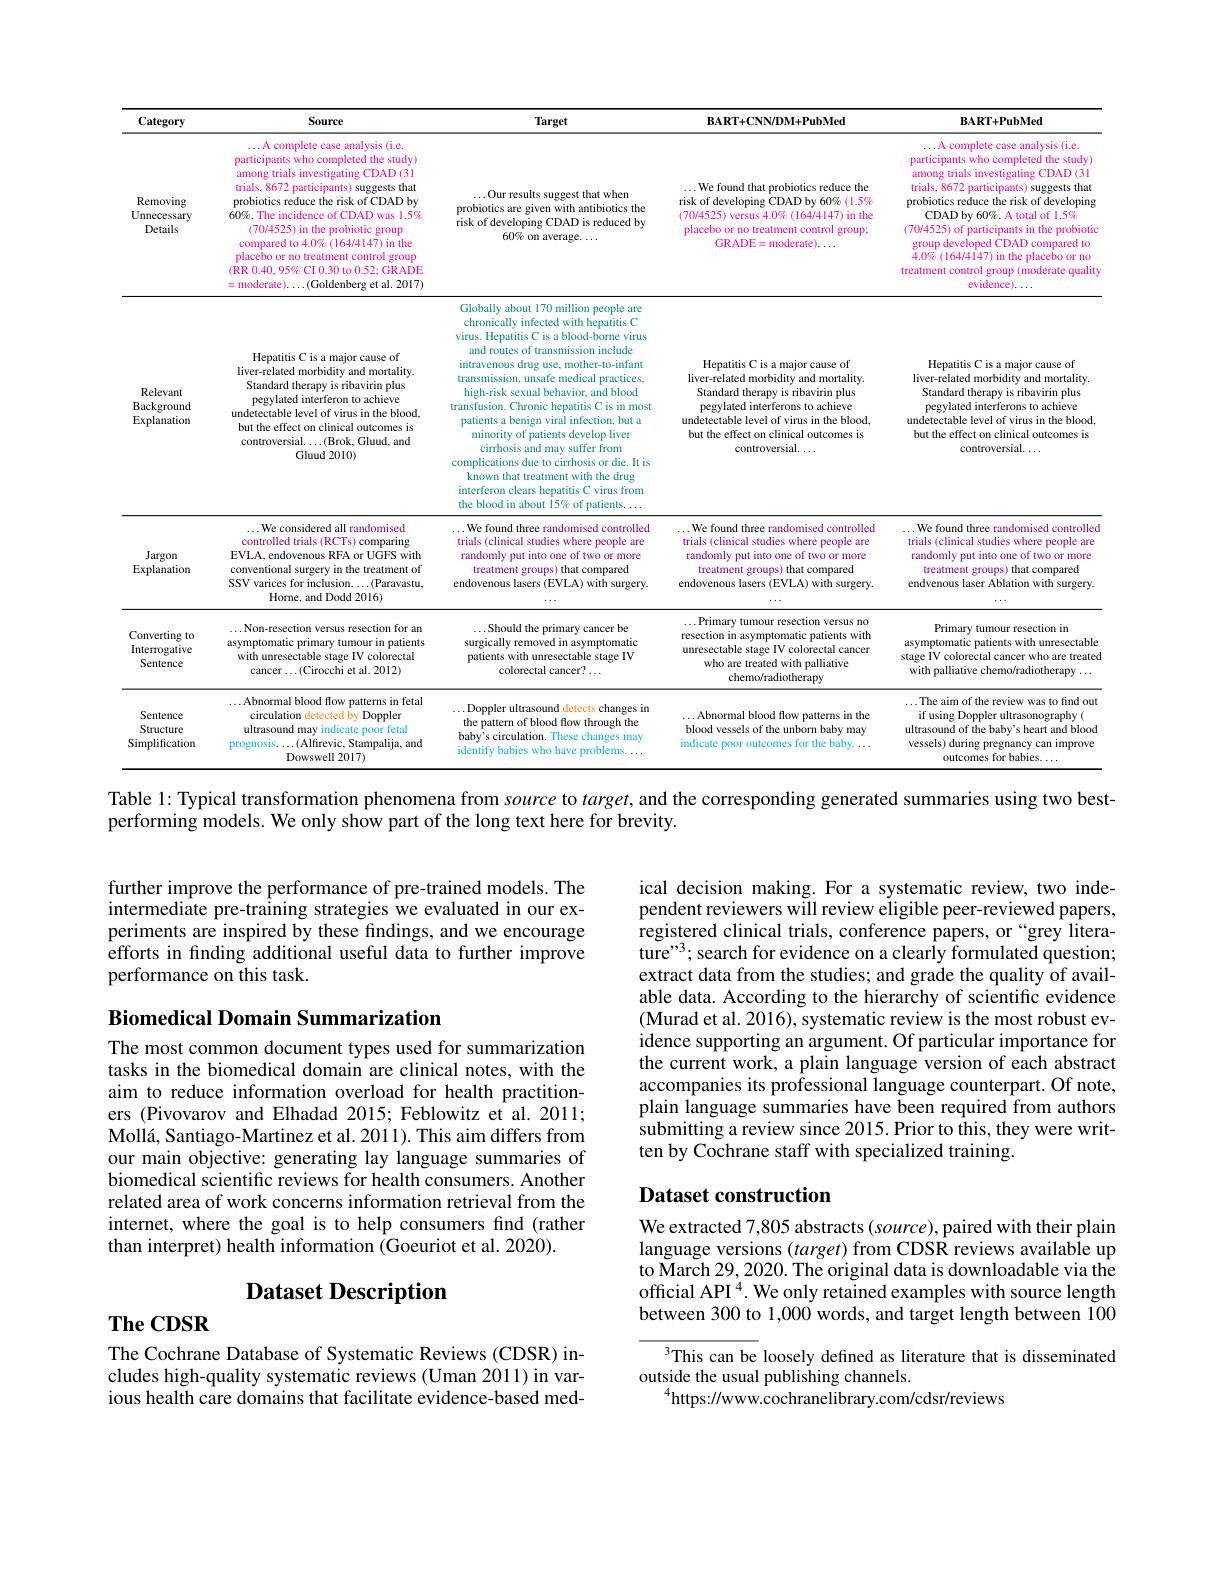
<table>
	<tbody>
		<tr>
			<th>Category</th>
			<th>Source</th>
			<th>Target</th>
			<th>$\mathbf{BART+CNNDM+PubMed}$</th>
			<th>$BART+PubMed$</th>
		</tr>
		<tr>
			<td>Removing Unnecessary Details</td>
			<td>A complete case analysis (i.e participants who completed the study) among trials investigating CDAD (31 trials, 8672 participants) ) suggests that probiotics reduce the risk of CDAD by 60%. The incidence of CDAD was l.5% (70/4525) in the probiotic group compared to $4.0\%(164/4147)$ in the placebo or no treatment control group (RR 0.40,95% CI 0.30 to 0.52; GRADE =moderate$)\ldots($Goldenberg et al. 2017)</td>
			<td>$\ldots$Our results suggest that when probiotics are given with antibiotics the risk of developing CDAD is reduced by 60% on average. ...</td>
			<td>$\ldots$We found that probiotics reduce the risk of developing CDAD by 60%(1.5%) (70/4525) versus $4.0\%(164/4147)$ in the placebo or no treatment control group; GRADE=moderate$)\ldots$</td>
			<td>$\ldots$A complete case analysis(i.e. participants who completed the study) among trials investigating CDAD (31 trials, 8672 participants) suggests that probiotics reduce the risk of developing CDAD by 60%. A total of 1.5% (70/4525) of participants in the probiotic group developed CDAD compared to $4.0\%(164/4147)$ in the placebo or no treatment control group (moderate quality evidence)..</td>
		</tr>
		<tr>
			<td>Relevant Background Explanation</td>
			<td>Hepatitis C is a major cause of liver-related morbidity and mortality. Standard therapy is ribavirin plus pegylated interferon to achieve undetectable level of virus in the blood, but the effect on clinical outcomes is controversial.$\ldots($Brok, Gluud, and Gluud 2010)</td>
			<td>Globally about 170 million people are chronically infected with hepatitis C virus. Hepatitis C is a blood-borne virus and routes of transmission include intravenous drug use, mother-to-infant transmission, unsafe medical practices, high-risk sexual behavior, and blood transfusion. Chronic hepatitis C is in most patients a benign viral infection. but a minority of patients develop liver cirrhosis and may suffer from complications due to cirrhosis or die. It is known that treatment with the drug interferon clears hepatitis C virus from</td>
			<td>Hepatitis C is a major cause of liver-related morbidity and mortality. Standard therapy is ribavirin plus pegylated interferons to achieve undetectable level of virus in the blood, but the effect on clinical outcomes is controversial. ...</td>
			<td>Hepatitis C is a major cause of liver-related morbidity and mortality. Standard therapy is ribavirin plus pegylated interferons to achieve undetectable level of virus in the blood. but the effect on clinical outcomes is controversial. ...</td>
		</tr>
		<tr>
			<td>Jargon Explanation</td>
			<td>$\ldots$We considered all randomised controlled trials (RCTs) comparing EVLA, endovenous RFA or UGFS with conventional surgery in the treatment of SSV varices for inclusion...(Paravastu, Horne, and Dodd 2016</td>
			<td>$\ldots$We found three randomised controlled trials (clinical studies where people are randomly put into one of two or more treatment groups) that compared endovenous lasers (EVLA) with surgery.</td>
			<td>$\ldots$We found three randomised controlled trials (clinical studies where people are randomly put into one of two or more treatment groups) that compared endovenous lasers (EVLA) with surgery.</td>
			<td>$\ldots$We found three randomised controlled trials (clinical studies where people are randomly put into one of two or more treatment groups) that compared endvenous laser Ablation with surgery.</td>
		</tr>
		<tr>
			<td>Converting $\xi to$ Interrogative Sentence</td>
			<td>$\ldots$Non-resection versus resection for an asymptomatic primary tumour in patients with unresectable stage IV colorectal cancer$\ldots($Cirocchi et al. 2012)</td>
			<td>$\ldots$Should the primary cancer be surgically removed in asymptomatic patients with unresectable stage IV colorectal cancer? $\ldots$</td>
			<td>$\ldots$Primary tumour resection versus no resection in asymptomatic patients with unresectable stage IV colorectal cancer who are treated with palliative chemo/radiotherapy</td>
			<td>Primary tumour resection in asymptomatic patients with unresectable stage IV colorectal cancer who are treated with palliative chemo/radiotherapy $\ldots$</td>
		</tr>
		<tr>
			<td>Sentence Structure Simplification</td>
			<td>$\ldots$Abnormal blood flow patterns in fetal circulation detected by Doppler ultrasound may indicate poor fetal prognosis$\ldots($Alfirevic, Stampalija, and Dowswell 2017)</td>
			<td>$\ldots$Doppler ultrasound detects changes in the pattern of blood flow through the baby's circulation. These changes may identify babies who have problems. </td>
			<td>$\ldots$Abnormal blood flow patterns in the blood vessels of the unborn baby may indicate poor outcomes for the baby. $\ldots$</td>
			<td>$\ldots$The aim of the review was to find out if using Doppler ultrasonography ( ultrasound of the baby's heart and blood vessels) during pregnancy can improve outcomes for babies. .</td>
		</tr>
	</tbody>
</table>
Table 1: Typical transformation phenomena from source to target, and the corresponding generated summaries using two best-

performing models. We only show part of the long text here for brevity.

further improve the performance of pre-trained models. The intermediate pre-training strategies we evaluated in our experiments are inspired by these findings, and we encourage efforts in finding additional useful data to further improve performance on this task.

## Biomedical Domain Summarization

The most common document types used for summarization tasks in the biomedical domain are clinical notes, with the aim to reduce information overload for health practitioners (Pivovarov and Elhadad 2015; Feblowitz et al. 2011; Mollá, Santiago-Martinez et al. 2011). This aim differs from our main objective: generating lay language summaries of biomedical scientific reviews for health consumers. Another related area of work concerns information retrieval from the internet, where the goal is to help consumers find (rather than interpret) health information (Goeuriot et al. 2020).

## Dataset Description

# $\mathbf{TheCDSR}$

The Cochrane Database of Systematic Reviews (CDSR) includes high-quality systematic reviews (Uman 2011) in various health care domains that facilitate evidence-based med-

ical decision making. For a systematic review, two independent reviewers will review eligible peer-reviewed papers, ${\mathrm{registered~clinical~trials,~conference~papers,~or~`grey~litera-}}$ ture"3; search for evidence on a clearly formulated question; extract data from the studies; and grade the quality of available data. According to the hierarchy of scientific evidence (Murad et al. 2016), systematic review is the most robust evidence supporting an argument. Of particular importance for the current work, a plain language version of each abstract accompanies its professional language counterpart. Of note, plain language summaries have been required from authors submitting a review since 2015. Prior to this, they were written by Cochrane staff with specialized training.

## Dataset construction

We extracted 7,805 abstracts (source), paired with their plain language versions $(target)$ from CDSR reviews available up to March 29, 2020. The original data is downloadable via the official API$^{4}$. We only retained examples with source length between 300 to 1,000 words, and target length between 100

3This can be loosely defined as literature that is disseminated
outside the usual publishing channels.
$^{4}$https://www.cochranelibrary.com/cdsr/reviews